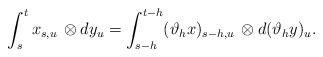
LaTeX: \begin{align*}\int_s^t x_{s,u} \, \otimes dy_u = \int_{s-h}^{t-h} (\vartheta_h x)_{s-h,u} \, \otimes d(\vartheta_h y)_u.\end{align*}